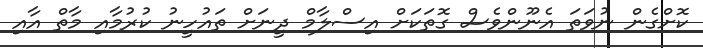
ކޮށްގެން ނުވަތަ އެނޫންވެސް ގޮތަކަށް އިސްލާމް ދީނަށް ތައުހީނު ކުރުމާއި މާތް އާއި